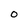
Character: O